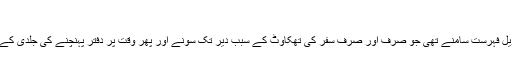
‘‘
سنگیں ترین غلطیوں کی ایک طویل فہرست سامنے تھی جو صرف اور صرف سفر کی تھکاوٹ کے سبب دیر تک سونے اور پھر وقت پر دفتر پہنچنے کی جلدی کے باعث اس سے سرزد ہوئی تھیں۔